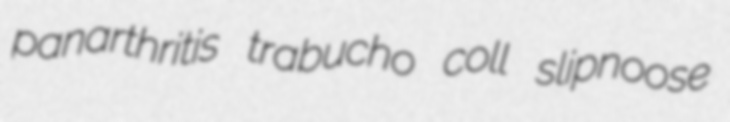
panarthritis trabucho coll slipnoose